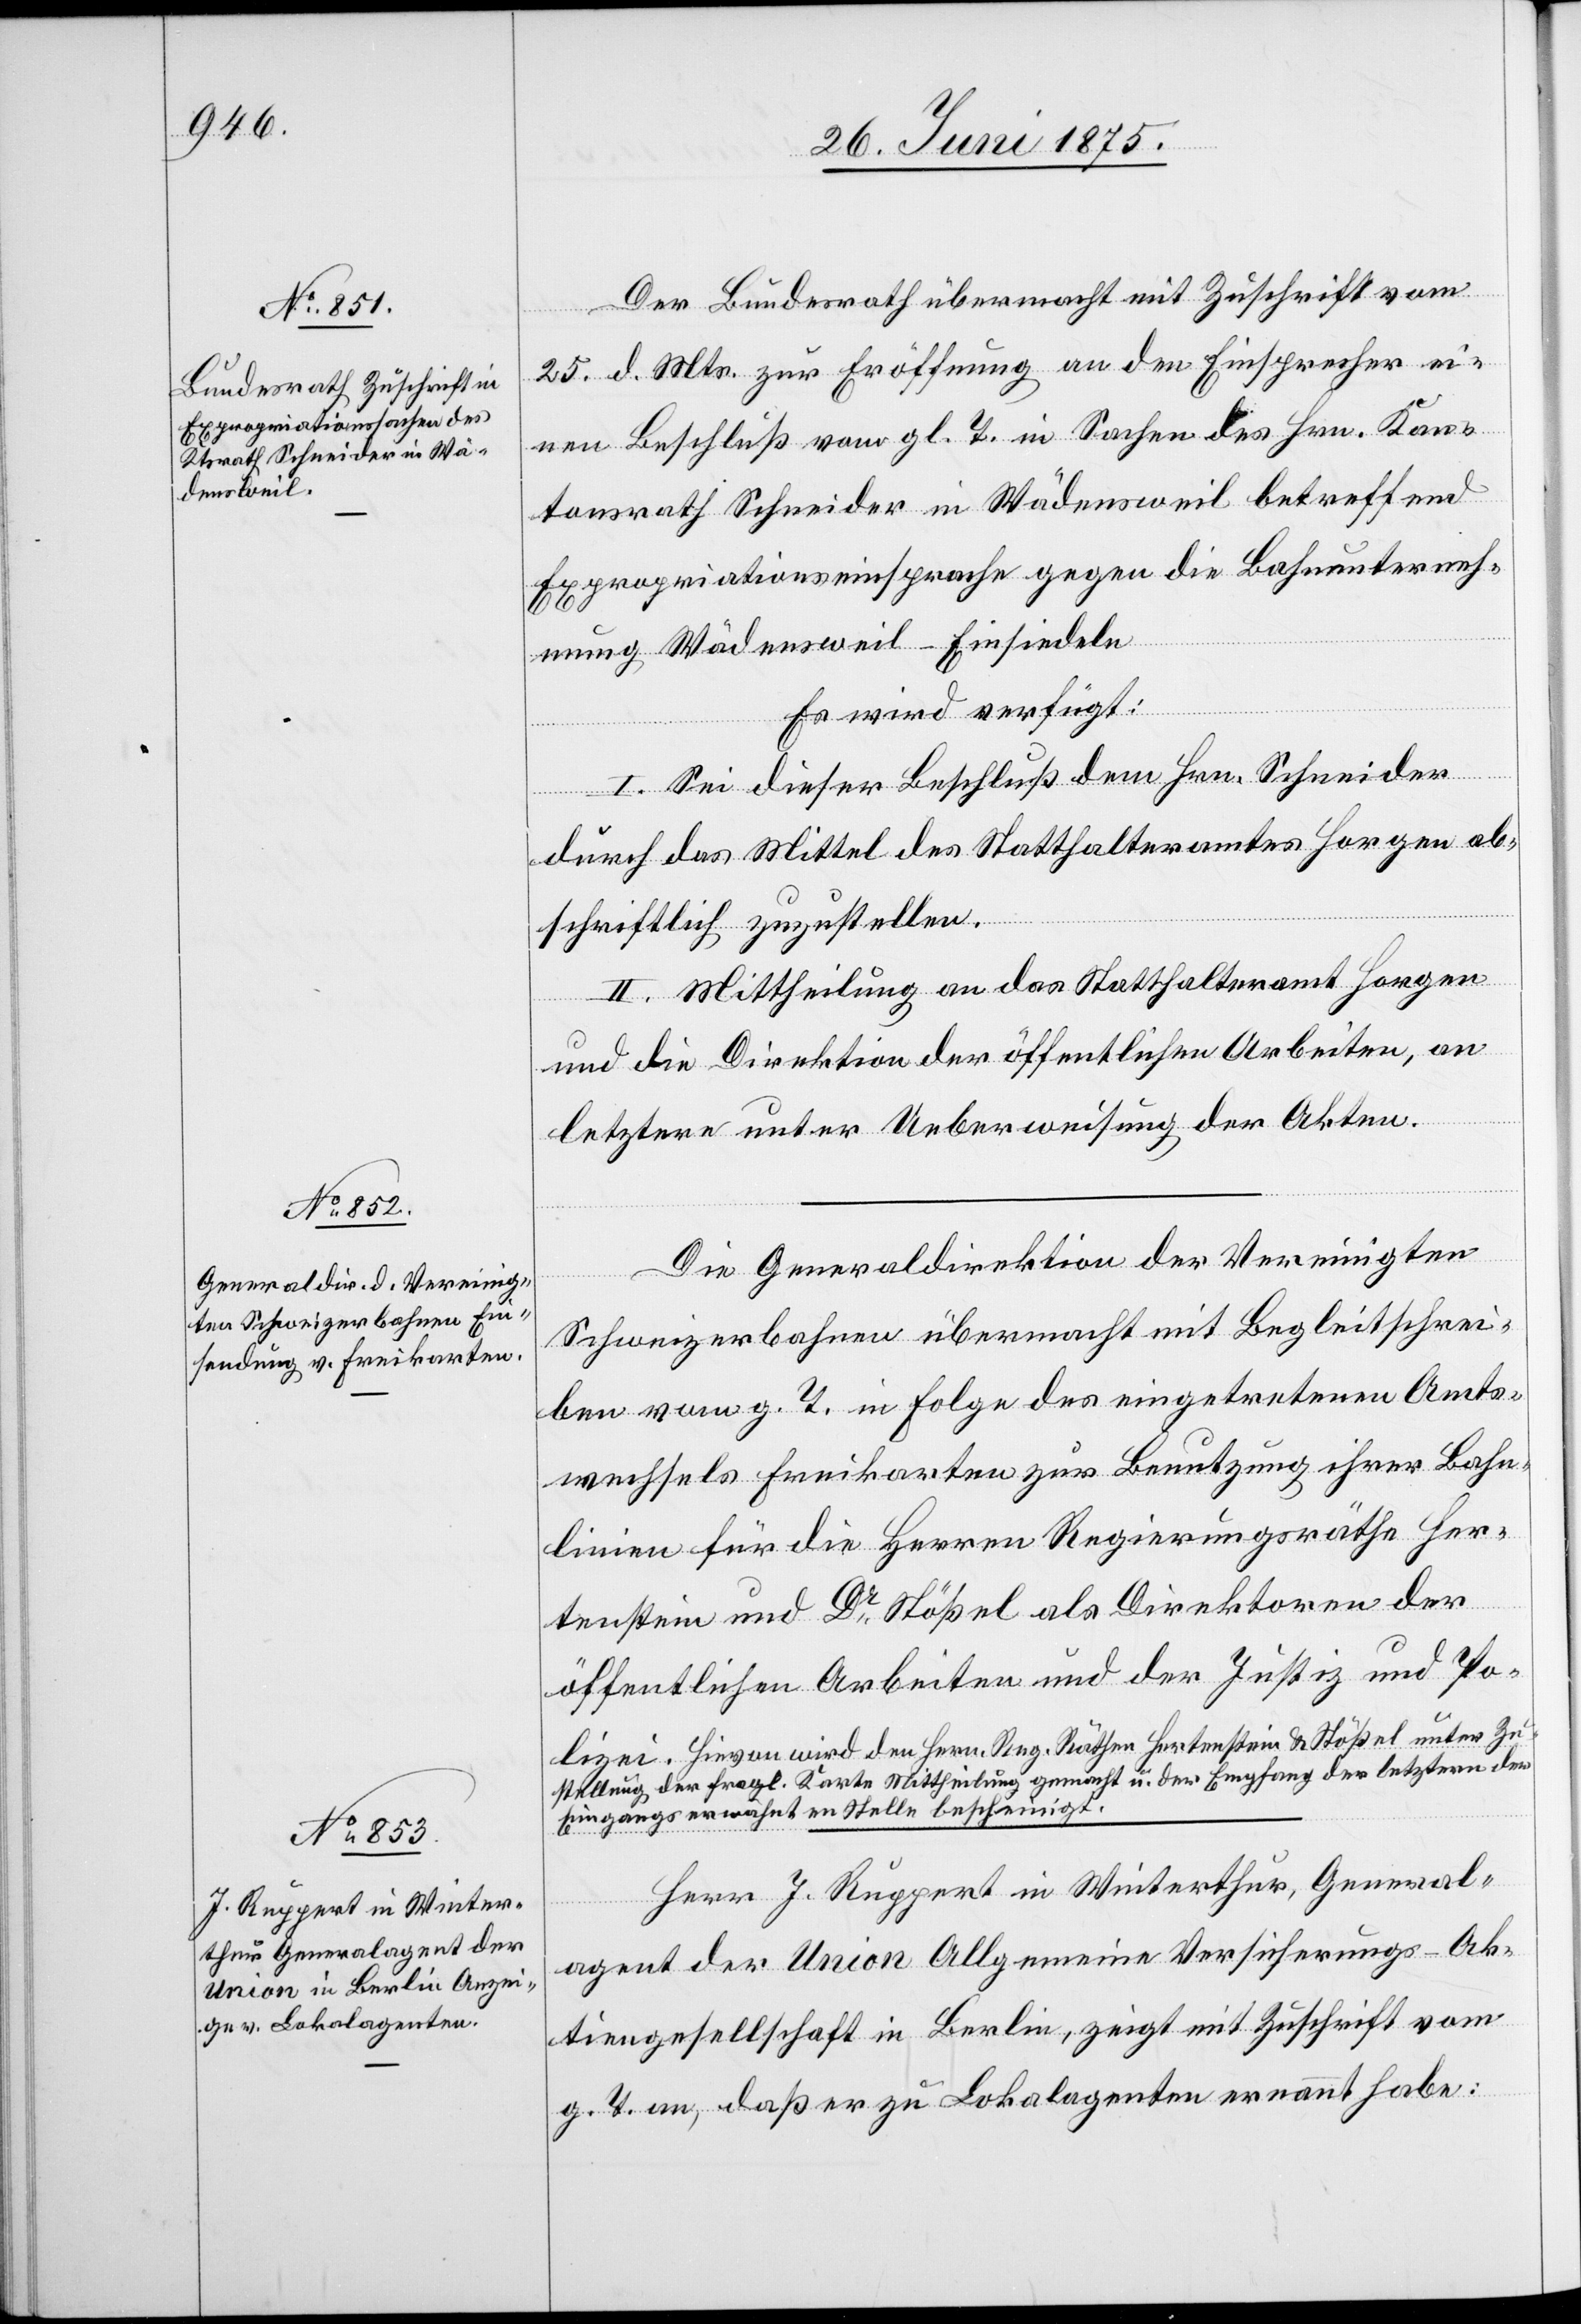
29. Juni 1875.]
Der Bundesrath übermacht mit Zuschrift vom
25. d. Mts. zur Eröffnung an den Einsprecher ei¬
nen Beschluß vom gl. T. in Sachen des Hrn. Kan¬
tonsrath Schneider in Wädensweil betreffend
Expropriationseinsprache gegen die Bahnunterneh¬
mung Wädensweil–Einsiedeln.
Es wird verfügt:
I. Sei dieser Beschluß dem Hrn. Schneider
durch das Mittel des Statthalteramtes Horgen ab¬
schriftlich zuzustellen.
II. Mittheilung an das Statthalteramt Horgen
und die Direktion der öffentlichen Arbeiten, an
letztere unter Ueberweisung der Akten.
Die Generaldirektion der Vereinigten
Schweizerbahnen übermacht mit Begleitschrei¬
ben vom g. T. in Folge des eingetretenen Amts¬
wechsels Freikarten zur Benutzung ihrer Bahn¬
linien für die Herren Regierungsräthe Her¬
tenstein und Dr Stößel als Direktoren der
öffentlichen Arbeiten und der Justiz und Po¬
lizei. Hievon wird den Herrn. Reg. Räthen Hertenstein & Stößel unter Zu¬
stellung der fragl. Karte Mittheilung gemacht u. der Empfang der letztern der
Eingangs erwähnten Stelle bescheinigt.
Herr J. Ruppert in Winterthur, General¬
agent der Union allgemeine Versicherungs-Ak¬
tiengesellschaft in Berlin, zeigt mit Zuschrift vom
g. T. an, daß er zu Lokalagenten ernannt habe: